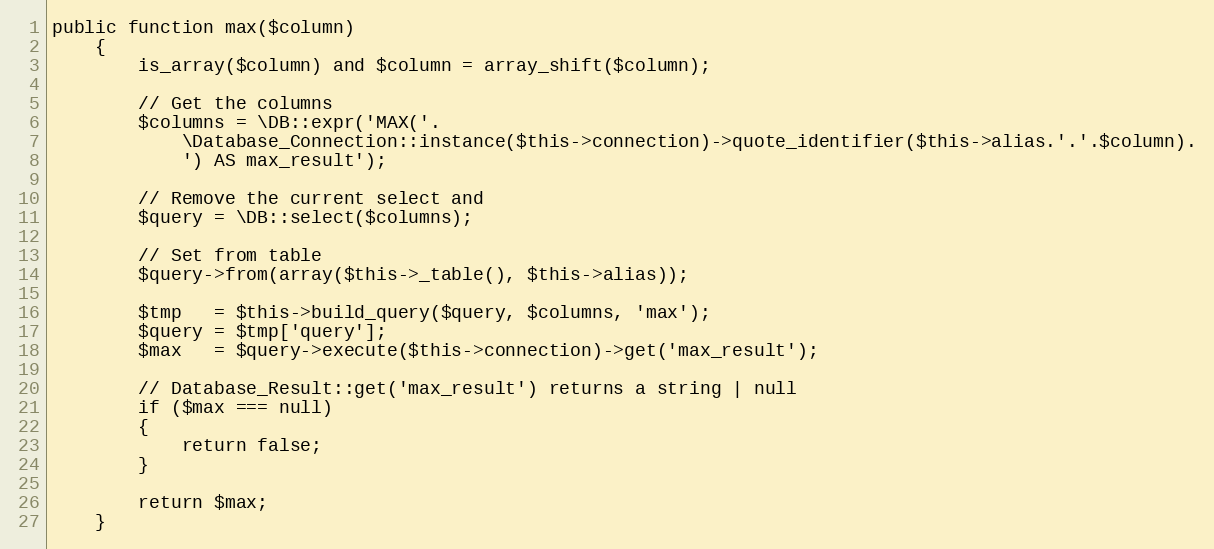
Language: PHP
public function max($column)
	{
		is_array($column) and $column = array_shift($column);

		// Get the columns
		$columns = \DB::expr('MAX('.
			\Database_Connection::instance($this->connection)->quote_identifier($this->alias.'.'.$column).
			') AS max_result');

		// Remove the current select and
		$query = \DB::select($columns);

		// Set from table
		$query->from(array($this->_table(), $this->alias));

		$tmp   = $this->build_query($query, $columns, 'max');
		$query = $tmp['query'];
		$max   = $query->execute($this->connection)->get('max_result');

		// Database_Result::get('max_result') returns a string | null
		if ($max === null)
		{
			return false;
		}

		return $max;
	}